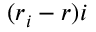
( r _ { i } - r ) i